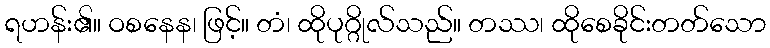
ရဟန်း၏။ ဝစနေန၊ ဖြင့်။ တံ၊ ထိုပုဂ္ဂိုလ်သည်။ တဿ၊ ထိုစေခိုင်းတတ်သော